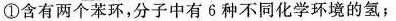
①含有两个苯环，分子中有6种不同化学环境的氢；